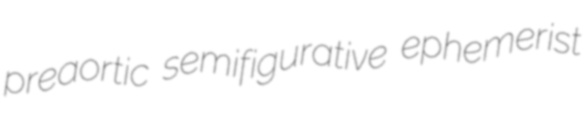
preaortic semifigurative ephemerist